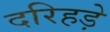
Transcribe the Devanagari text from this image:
दरिहड़े